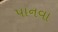
પાનવા